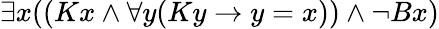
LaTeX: \exists x((Kx\land\forall y(Ky\rightarrow y=x))\land\lnot Bx)